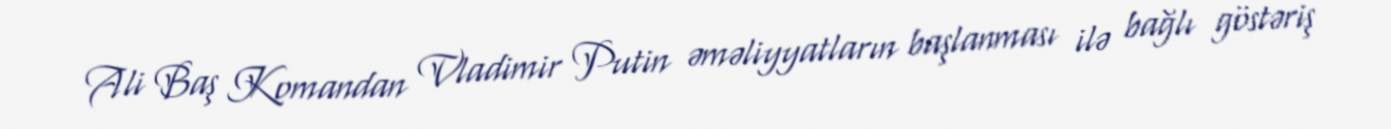
Ali Baş Komandan Vladimir Putin əməliyyatların başlanması ilə bağlı göstəriş